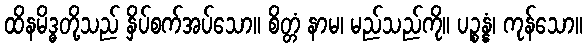
ထိနမိဒ္ဓတို့သည် နှိပ်စက်အပ်သော။ စိတ္တံ နာမ၊ မည်သည်ကို။ ပဉ္စန္နံ၊ ကုန်သော။